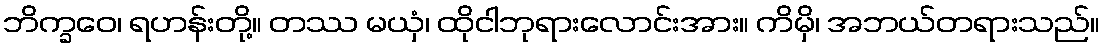
ဘိက္ခဝေ၊ ရဟန်းတို့။ တဿ မယှံ၊ ထိုငါဘုရားလောင်းအား။ ကိမှိ၊ အဘယ်တရားသည်။